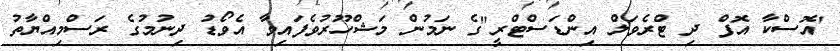
'އޮސްކާ އޮފް ދި ޓްރެވަލް އިންޑަސްޓްރީ"ގެ ނަމުން މަޝްހޫރުވެފައިވާ އެވޯޑު ދިނުމުގެ ރަސްމިއްޔާތު